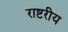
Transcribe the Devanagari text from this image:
राष्टरीय